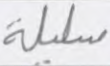
سليلة